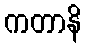
ကတာနိ